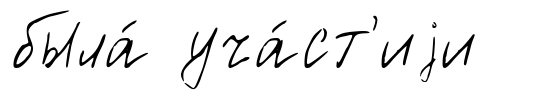
была́ уча́ст'иjи